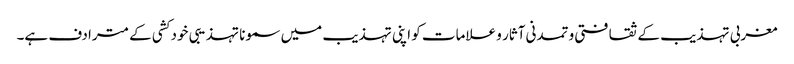
مغربی تہذیب کے ثقافتی و تمدنی آثار و علامات کو اپنی تہذیب میں سمونا تہذیبی خود کشی کے مترادف ہے۔